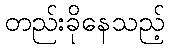
တည်းခိုနေသည့်